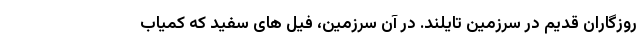
روزگاران قدیم در سرزمین تایلند. در آن سرزمین، فیل های سفید که کمیاب